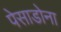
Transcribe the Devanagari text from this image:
पेसाडोना